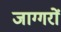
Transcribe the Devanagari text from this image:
जाग्गरों